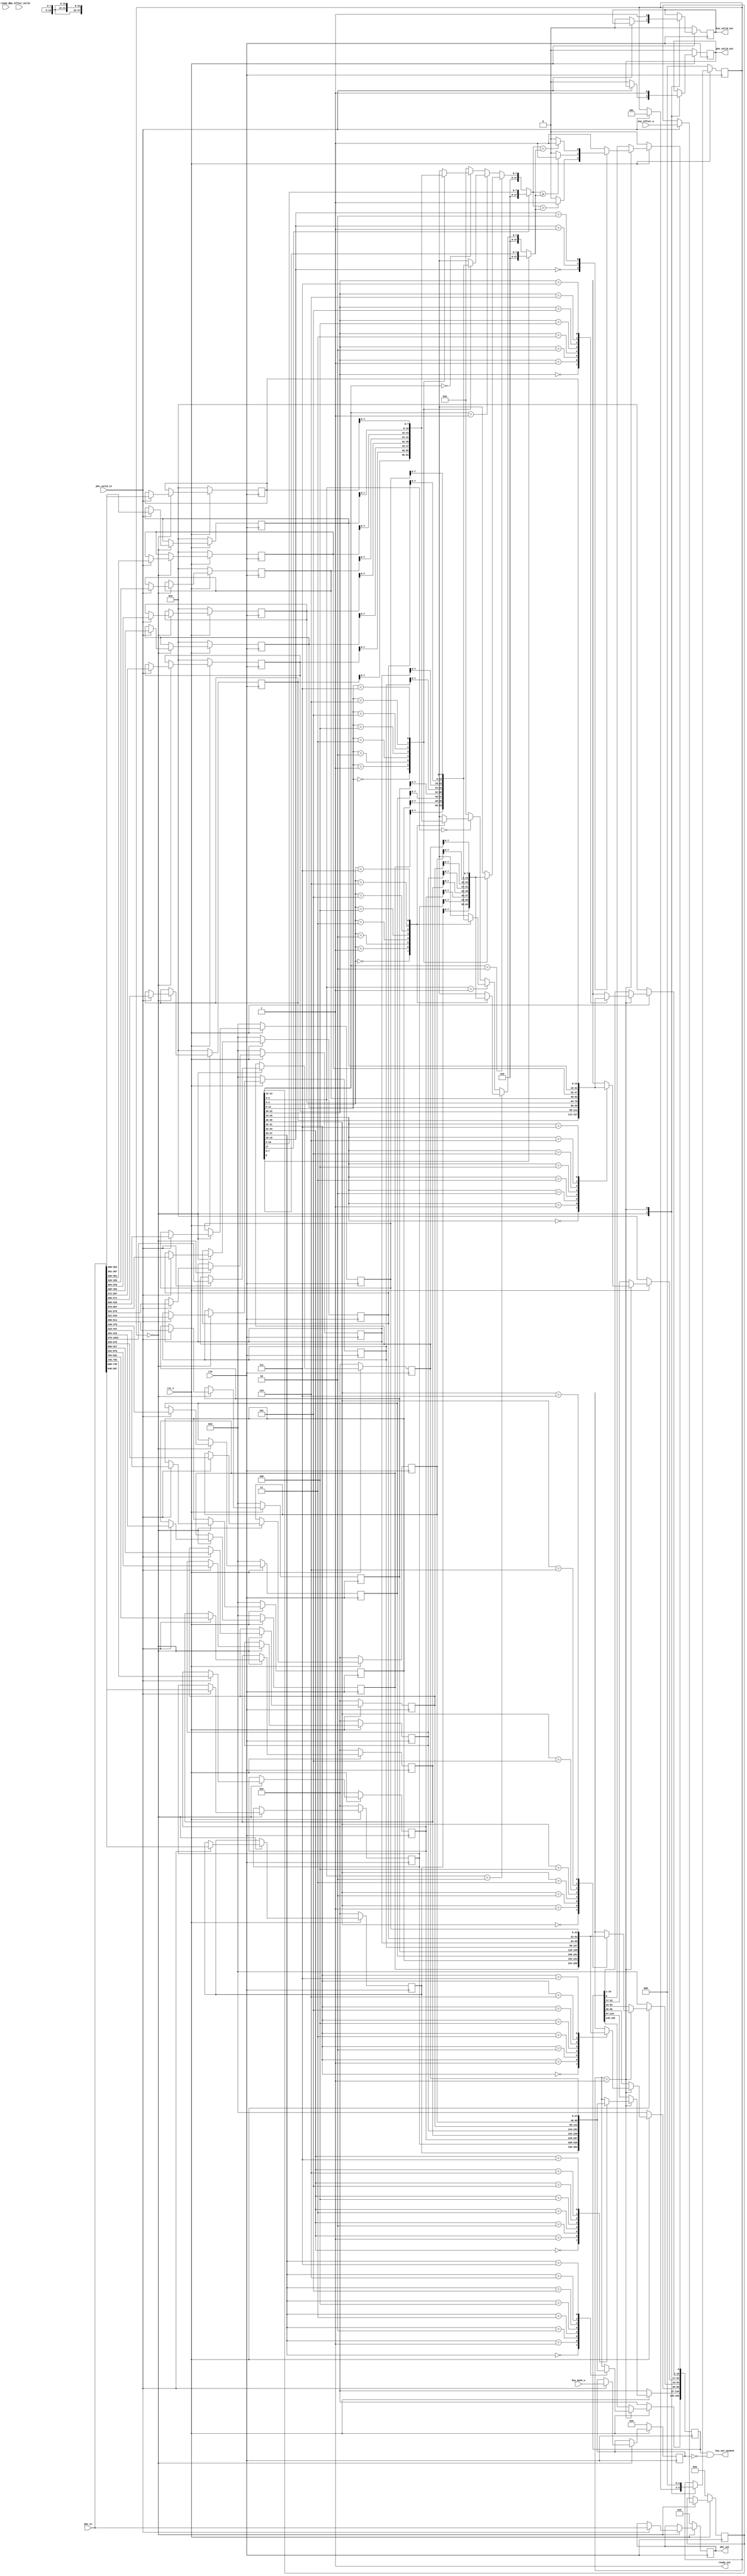
`timescale 1ns / 1ps
module key_extract #(
    parameter C_S_AXIS_DATA_WIDTH = 512,
    parameter C_S_AXIS_TUSER_WIDTH = 128,
    parameter STAGE_ID = 0,
    parameter PHV_LEN = 48*8+32*8+16*8+256,
    parameter KEY_LEN = 48*2+32*2+16*2+1,
    // format of KEY_OFF entry: |--3(6B)--|--3(6B)--|--3(4B)--|--3(4B)--|--3(2B)--|--3(2B)--|
    parameter KEY_OFF = (3+3)*3+20,
    parameter AXIL_WIDTH = 32,
    parameter KEY_OFF_ADDR_WIDTH = 4,
    parameter KEY_EX_ID = 1,
	parameter C_VLANID_WIDTH = 12
    )(
    input                               clk,
    input                               rst_n,
	//
    input [PHV_LEN-1:0]                 phv_in,
    input                               phv_valid_in,
	output								ready_out,
	// input from vlan fifo
	input								key_offset_valid,
	input [KEY_OFF-1:0]					key_offset_w,
	input [KEY_LEN-1:0]					key_mask_w,
	
	// output PHV and key
    output reg [PHV_LEN-1:0]            phv_out,
    output reg                          phv_valid_out,
    output [KEY_LEN-1:0]	            key_out_masked,
    output reg                          key_valid_out,
	input								ready_in
);


integer i;


localparam WIDTH_2B = 16;
localparam WIDTH_4B = 32;
localparam WIDTH_6B = 48;

//reg [KEY_LEN-1:0] key_out;

//24 fields to be retrived from the pkt header
reg [WIDTH_2B-1:0]		cont_2B [0:7];
reg [WIDTH_4B-1:0]		cont_4B [0:7];
reg [WIDTH_6B-1:0]		cont_6B [0:7];

wire [19:0]				com_op;
wire [47:0]				com_op_1, com_op_2;
wire [47:0]				com_op_1_val, com_op_2_val;
//
reg [KEY_OFF-1:0]		key_offset_r;
//
reg [KEY_LEN-1:0]		key_mask_out_r;
//


assign com_op = key_offset_r[0+:20];
assign com_op_1 = com_op[17]==1? {40'b0, com_op[16:9]} : com_op_1_val;
assign com_op_1_val = com_op[13:12]==2?cont_6B[com_op[11:9]][7:0]:
						(com_op[13:12]==1?{16'b0, cont_4B[com_op[11:9]][7:0]}:
						(com_op[13:12]==0?{32'b0, cont_2B[com_op[11:9]][7:0]}:0));

assign com_op_2 = com_op[8]==1? {40'b0, com_op[7:0]} : com_op_2_val;
assign com_op_2_val = com_op[4:3]==2?cont_6B[com_op[2:0]][7:0]:
						(com_op[4:3]==1?{16'b0, cont_4B[com_op[2:0]][7:0]}:
						(com_op[4:3]==0?{32'b0, cont_2B[com_op[2:0]][7:0]}:0));

localparam	IDLE_S=0,
			CYCLE_1=1;
reg [2:0] state, state_next;

reg [KEY_LEN-1:0] key_out; 
// reg ready_out_next;

assign ready_out = 1;

assign key_out_masked = key_out&(~key_mask_out_r);

always @(posedge clk) begin
	if (~rst_n) begin
		key_out <= 0;

		state <= IDLE_S;


		for (i=0; i<8; i=i+1) begin
			cont_6B[i] <= 0;
			cont_4B[i] <= 0;
			cont_2B[i] <= 0;
		end

		phv_out <= 0;
		phv_valid_out <= 0;
		key_valid_out <= 0;

		key_offset_r <= 0;
		key_mask_out_r <= 0;
	end
	else begin
		case (state)
			IDLE_S: begin
				if (phv_valid_in) begin
					key_offset_r <= key_offset_w;
					key_mask_out_r <= key_mask_w;
					phv_out <= phv_in;

					cont_6B[7] <= phv_in[PHV_LEN-1            -: WIDTH_6B];
					cont_6B[6] <= phv_in[PHV_LEN-1-  WIDTH_6B -: WIDTH_6B];
					cont_6B[5] <= phv_in[PHV_LEN-1-2*WIDTH_6B -: WIDTH_6B];
					cont_6B[4] <= phv_in[PHV_LEN-1-3*WIDTH_6B -: WIDTH_6B];
					cont_6B[3] <= phv_in[PHV_LEN-1-4*WIDTH_6B -: WIDTH_6B];
					cont_6B[2] <= phv_in[PHV_LEN-1-5*WIDTH_6B -: WIDTH_6B];
					cont_6B[1] <= phv_in[PHV_LEN-1-6*WIDTH_6B -: WIDTH_6B];
					cont_6B[0] <= phv_in[PHV_LEN-1-7*WIDTH_6B -: WIDTH_6B];

					cont_4B[7] <= phv_in[PHV_LEN-1-8*WIDTH_6B            -: WIDTH_4B];
					cont_4B[6] <= phv_in[PHV_LEN-1-8*WIDTH_6B-  WIDTH_4B -: WIDTH_4B];
					cont_4B[5] <= phv_in[PHV_LEN-1-8*WIDTH_6B-2*WIDTH_4B -: WIDTH_4B];
					cont_4B[4] <= phv_in[PHV_LEN-1-8*WIDTH_6B-3*WIDTH_4B -: WIDTH_4B];
					cont_4B[3] <= phv_in[PHV_LEN-1-8*WIDTH_6B-4*WIDTH_4B -: WIDTH_4B];
					cont_4B[2] <= phv_in[PHV_LEN-1-8*WIDTH_6B-5*WIDTH_4B -: WIDTH_4B];
					cont_4B[1] <= phv_in[PHV_LEN-1-8*WIDTH_6B-6*WIDTH_4B -: WIDTH_4B];
					cont_4B[0] <= phv_in[PHV_LEN-1-8*WIDTH_6B-7*WIDTH_4B -: WIDTH_4B];

					cont_2B[7] <= phv_in[PHV_LEN-1-8*WIDTH_6B-8*WIDTH_4B            -: WIDTH_2B];
					cont_2B[6] <= phv_in[PHV_LEN-1-8*WIDTH_6B-8*WIDTH_4B-  WIDTH_2B -: WIDTH_2B];
					cont_2B[5] <= phv_in[PHV_LEN-1-8*WIDTH_6B-8*WIDTH_4B-2*WIDTH_2B -: WIDTH_2B];
					cont_2B[4] <= phv_in[PHV_LEN-1-8*WIDTH_6B-8*WIDTH_4B-3*WIDTH_2B -: WIDTH_2B];
					cont_2B[3] <= phv_in[PHV_LEN-1-8*WIDTH_6B-8*WIDTH_4B-4*WIDTH_2B -: WIDTH_2B];
					cont_2B[2] <= phv_in[PHV_LEN-1-8*WIDTH_6B-8*WIDTH_4B-5*WIDTH_2B -: WIDTH_2B];
					cont_2B[1] <= phv_in[PHV_LEN-1-8*WIDTH_6B-8*WIDTH_4B-6*WIDTH_2B -: WIDTH_2B];
					cont_2B[0] <= phv_in[PHV_LEN-1-8*WIDTH_6B-8*WIDTH_4B-7*WIDTH_2B -: WIDTH_2B];

					state <= CYCLE_1;
				end
				else begin
					phv_valid_out <= 0;
					key_valid_out <= 0;
				end
			end
			CYCLE_1: begin
				key_out[KEY_LEN-1                                     -: WIDTH_6B] <= cont_6B[key_offset_r[KEY_OFF-1     -: 3]];
				key_out[KEY_LEN-1- 1*WIDTH_6B                         -: WIDTH_6B] <= cont_6B[key_offset_r[KEY_OFF-1-1*3 -: 3]];
				key_out[KEY_LEN-1- 2*WIDTH_6B                         -: WIDTH_4B] <= cont_4B[key_offset_r[KEY_OFF-1-2*3 -: 3]];
				key_out[KEY_LEN-1- 2*WIDTH_6B - 1*WIDTH_4B            -: WIDTH_4B] <= cont_4B[key_offset_r[KEY_OFF-1-3*3 -: 3]];
				key_out[KEY_LEN-1- 2*WIDTH_6B - 2*WIDTH_4B            -: WIDTH_2B] <= cont_2B[key_offset_r[KEY_OFF-1-4*3 -: 3]];
				key_out[KEY_LEN-1- 2*WIDTH_6B - 2*WIDTH_4B - WIDTH_2B -: WIDTH_2B] <= cont_2B[key_offset_r[KEY_OFF-1-5*3 -: 3]];

				case(com_op[19:18])
					2'b00: begin
						key_out[0] <= (com_op_1>com_op_2)?1'b1:1'b0;
					end
					2'b01: begin
						key_out[0] <= (com_op_1>=com_op_2)?1'b1:1'b0;
					end
					2'b10: begin
						key_out[0] <= (com_op_1==com_op_2)?1'b1:1'b0;
					end
					default: begin
						key_out[0] <= 1'b1;
					end
				endcase
				phv_valid_out <= 1;
				key_valid_out <= 1;

				state <= IDLE_S;
			end
		endcase
	end
end

endmodule